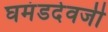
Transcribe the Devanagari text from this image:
घमंडदेवजी